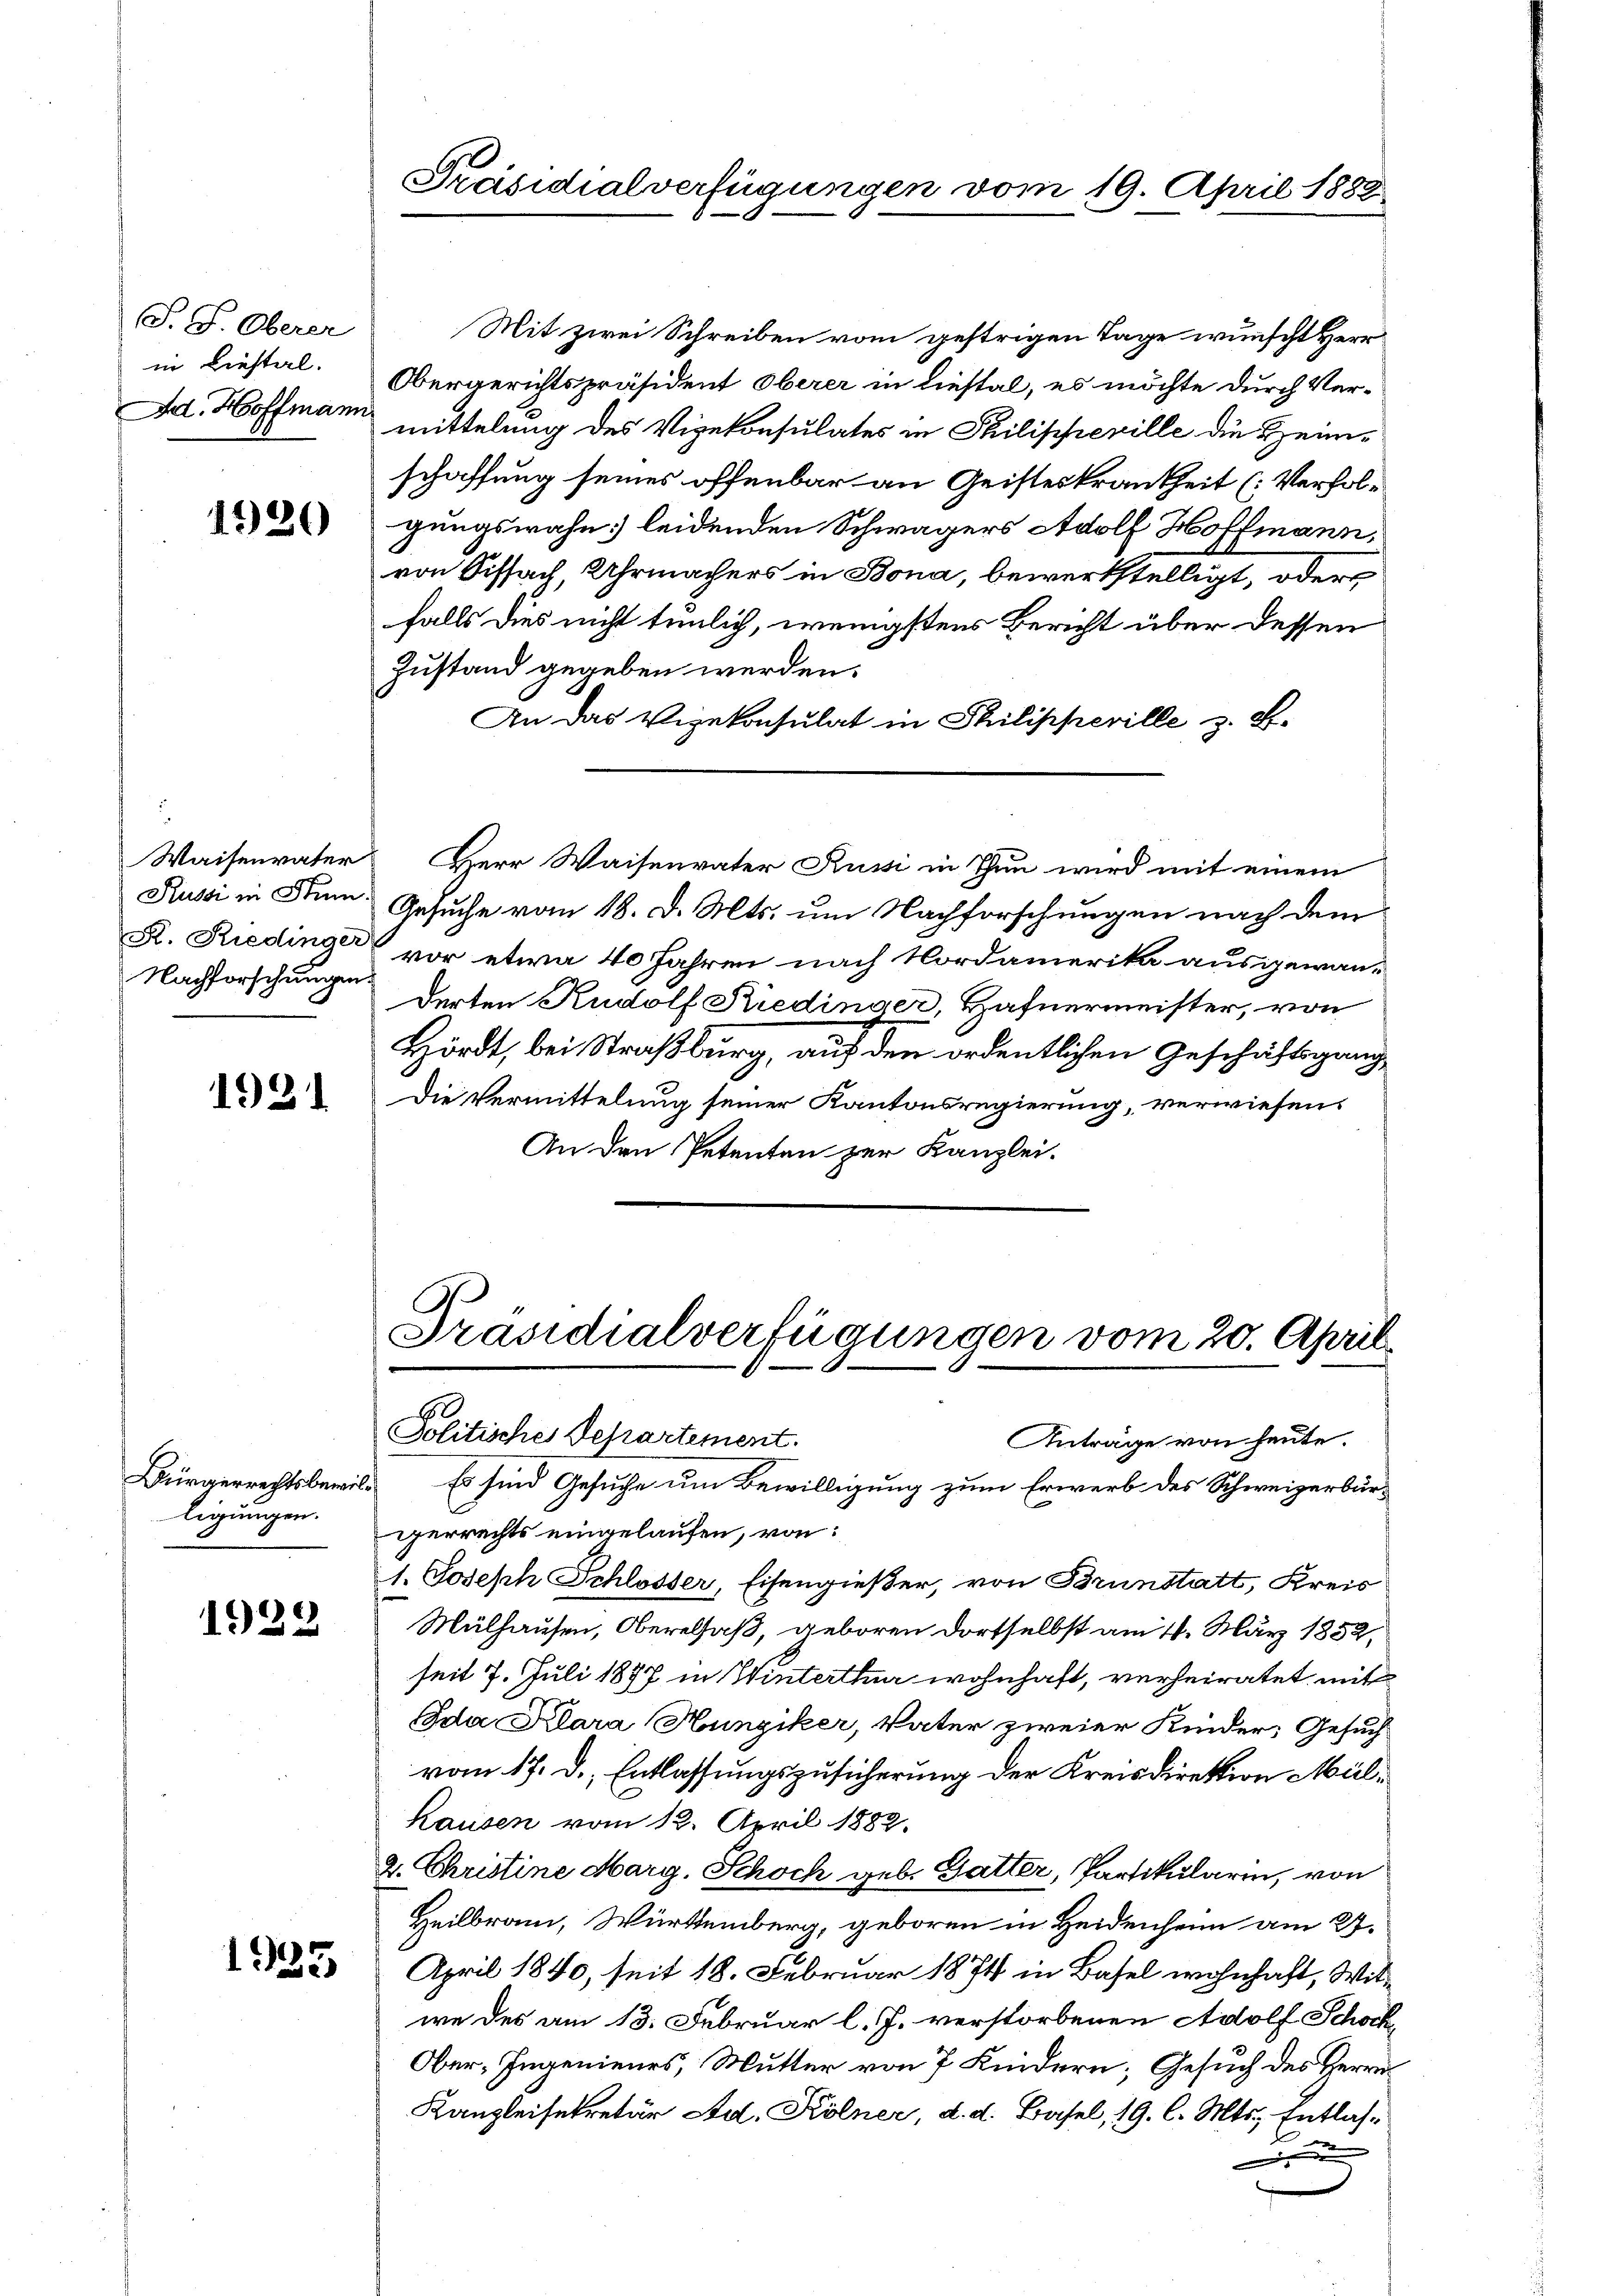
S. S. Oberer
in Liestal.
Ad. Hoffmann

1920

Nachforschungen.

1921

Bürgerrechtsbewilligungen.

)
1922

1925

Präsidialverfügungen vom 19. April 1882

Mit zwei Schreiben vom gestrigen Tage wünscht Herr
Obergerichtspräsident Oberer in liestal, es möchte durch Vermittelung des Vizekonsulates in Philippeville die Heimschaffung seines offenbar an Geisteskrankheit (: Verfolgungswahn leidenden Schwagers Adolf Hoffmann,
von Siffach, Uhrmachers in Bona, bewerkstelligt, oder
falls dies nicht tunlich, wenigstens Bericht über dessen
Zustand gegeben werden.
An das Vizekonsulat in Philipperille z. B.
Waisenvater Herr Waisenvater Russi in Thun wird mit einem
Russi in Stum Gesuche vom 18. d. Mts. um Nachforschungen nach dem
A. Riedinger vor etwa 40 Jahren nach Nordamerika ausgewan-
derten Rudolf Riedinger, Hafnermeister, von
Hördt, bei Straßburg, auf den ordentlichen Geschäftsgang
Die Vermittelung seiner Kantonsregierung, verwiesens
An den Petenten zur Kanzlei.

Präsidialverfügungen vom 20. April

Politisches Departement.
Anträge von heute.
Es sind Gesuche um Bewilligung zum Erwerb des Schweizerbürgerrechts eingelaufen, von:
1. Joseph Schlosser, Eisengießer, von Brunstatt, Kreis
Mülhausen, Oberelsaß, geboren dortselbst am 14. März 1852,
seit 7. Juli 1887 in Winterthur wohnhaft, verheiratet mit
da Klara Hunziker, Vater zweier Kinder, Gesuch
vom 17. d. Entlassungszusicherung der Kreisdirektion Mül¬
Hausen vom 12. April 1882.
2. Christine Marg. Schoch geb. Gatter, Partikularin, von
Heilbrann, Württemberg, geboren in Heidenheim am 27.
April 1840, seit 18. Februar 1874 in Basel wohnhaft, Witwe des am 13. Februar l. J. verstorbenen Adolf Schock
Ober, Ingenieurs, Mutter von 7 Kindern; Gesuch des Herrn
Kanzleisekretär Ad. Kölner, d. d. Basel, 19. l. Mts. Entlas¬